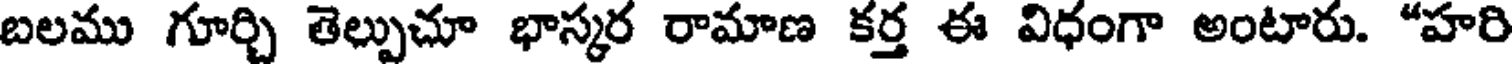
బలము గూర్చి తెల్పుచూ భాస్మర రామాణ కర్త ఈ విధంగా అంటారు. "హరి